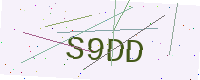
Text: S9DD